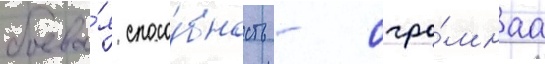
боева́я спосо́бность - огро́мнаа